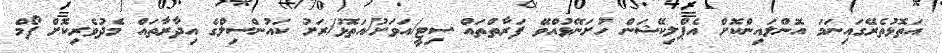
އަތޮޅުތެރޭގައިނަމަ އޮންލައިންކޮށް އެޕްލިކޭޝަން ހުށަނޭޅުއްވޭ ފަރާތްތައް ސިޓީ/އަވަށު/އަތޮޅު/ރަށު ކައުންސިލްގެ އިދާރާތައް މެދުވެރިކޮށް ފޯމް